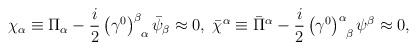
\begin{align*}\chi _{\alpha }\equiv \Pi _{\alpha }-\frac{i}{2}\left( \gamma ^{0}\right)_{\;\;\alpha }^{\beta }\bar{\psi}_{\beta }\approx 0,\;\bar{\chi}^{\alpha}\equiv \bar{\Pi}^{\alpha }-\frac{i}{2}\left( \gamma ^{0}\right) _{\;\;\beta}^{\alpha }\psi ^{\beta }\approx 0, \end{align*}